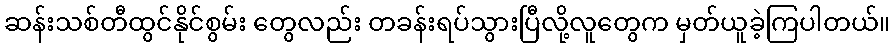
ဆန်းသစ်တီထွင်နိုင်စွမ်း တွေလည်း တခန်းရပ်သွားပြီလို့လူတွေက မှတ်ယူခဲ့ကြပါတယ်။